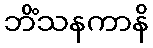
ဘိံသနကာနိ